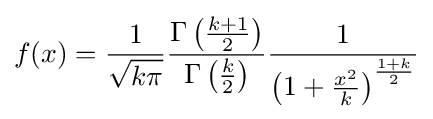
f(x)={\frac {1}{\sqrt {k\pi }}}{\frac {\Gamma \left({\frac {k+1}{2}}\right)}{\Gamma \left({\frac {k}{2}}\right)}}{\frac {1}{\left(1+{\frac {x^{2}}{k}}\right)^{\frac {1+k}{2}}}}